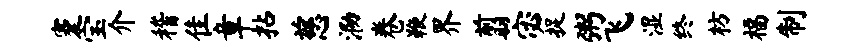
蹇宝介稽隹章拈慈泐卷鞭界翦宓捉粥飞湿终枋福制